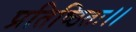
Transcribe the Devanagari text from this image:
प्रतिष्ठितः।।